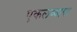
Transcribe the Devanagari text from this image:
एकलव्याचा